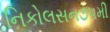
નિકોલસન૭૫મી